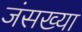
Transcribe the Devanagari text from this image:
जंसख्या